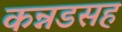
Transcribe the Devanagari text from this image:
कन्नडसह